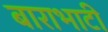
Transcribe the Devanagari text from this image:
बाराभाटी